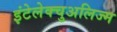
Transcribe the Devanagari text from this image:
इंटेलेक्चुअलिज्म